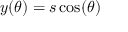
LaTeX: y ( \theta ) = s \cos ( \theta )